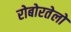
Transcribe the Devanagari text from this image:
रोबोरतेलो